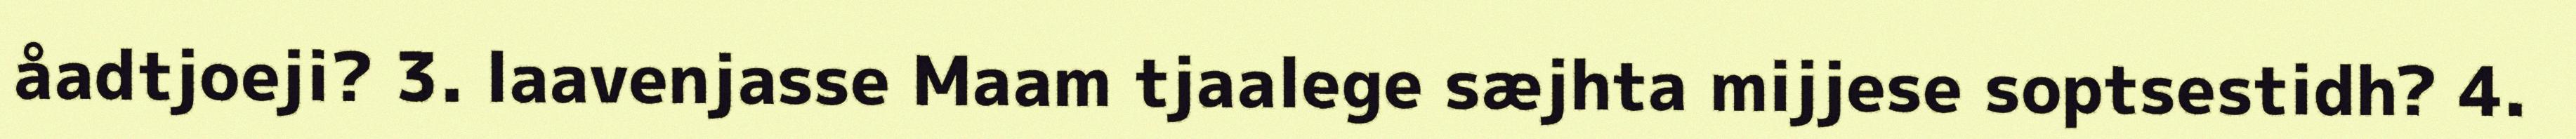
åadtjoeji? 3. laavenjasse Maam tjaalege sæjhta mijjese soptsestidh? 4.